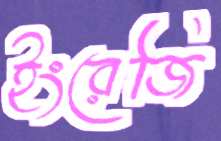
ইংরেজি